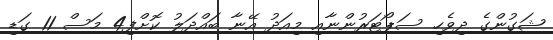
ޝަގުންގެ ދިވެހި ސަޕޯޓަރުންނާއި މިއަދު އޭނާ ބައްދަލު ކޮށްފި4 މަސް 11 ގަޑި